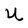
Character: U